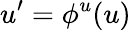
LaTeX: u^{\prime}=\phi^{u}(u)